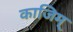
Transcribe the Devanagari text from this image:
काजिम्